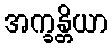
အက္ခန္တိယာ